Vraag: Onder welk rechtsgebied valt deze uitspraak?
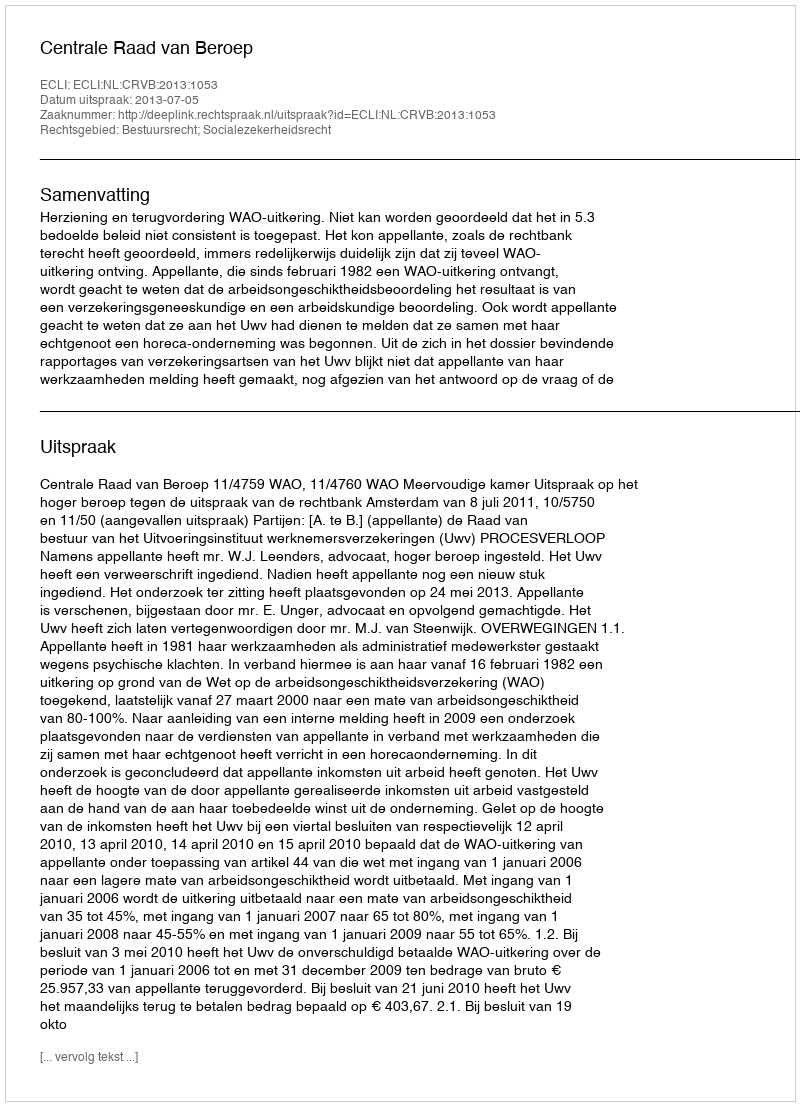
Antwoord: Bestuursrecht; Socialezekerheidsrecht